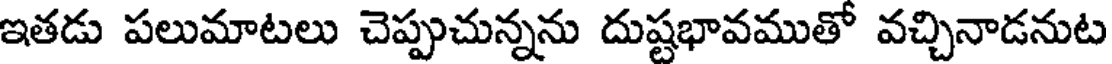
ఇతడు పలుమాటలు చెప్పుచున్నను దుష్టభావముతో వచ్చినాడనుట